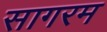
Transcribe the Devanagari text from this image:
सागरम